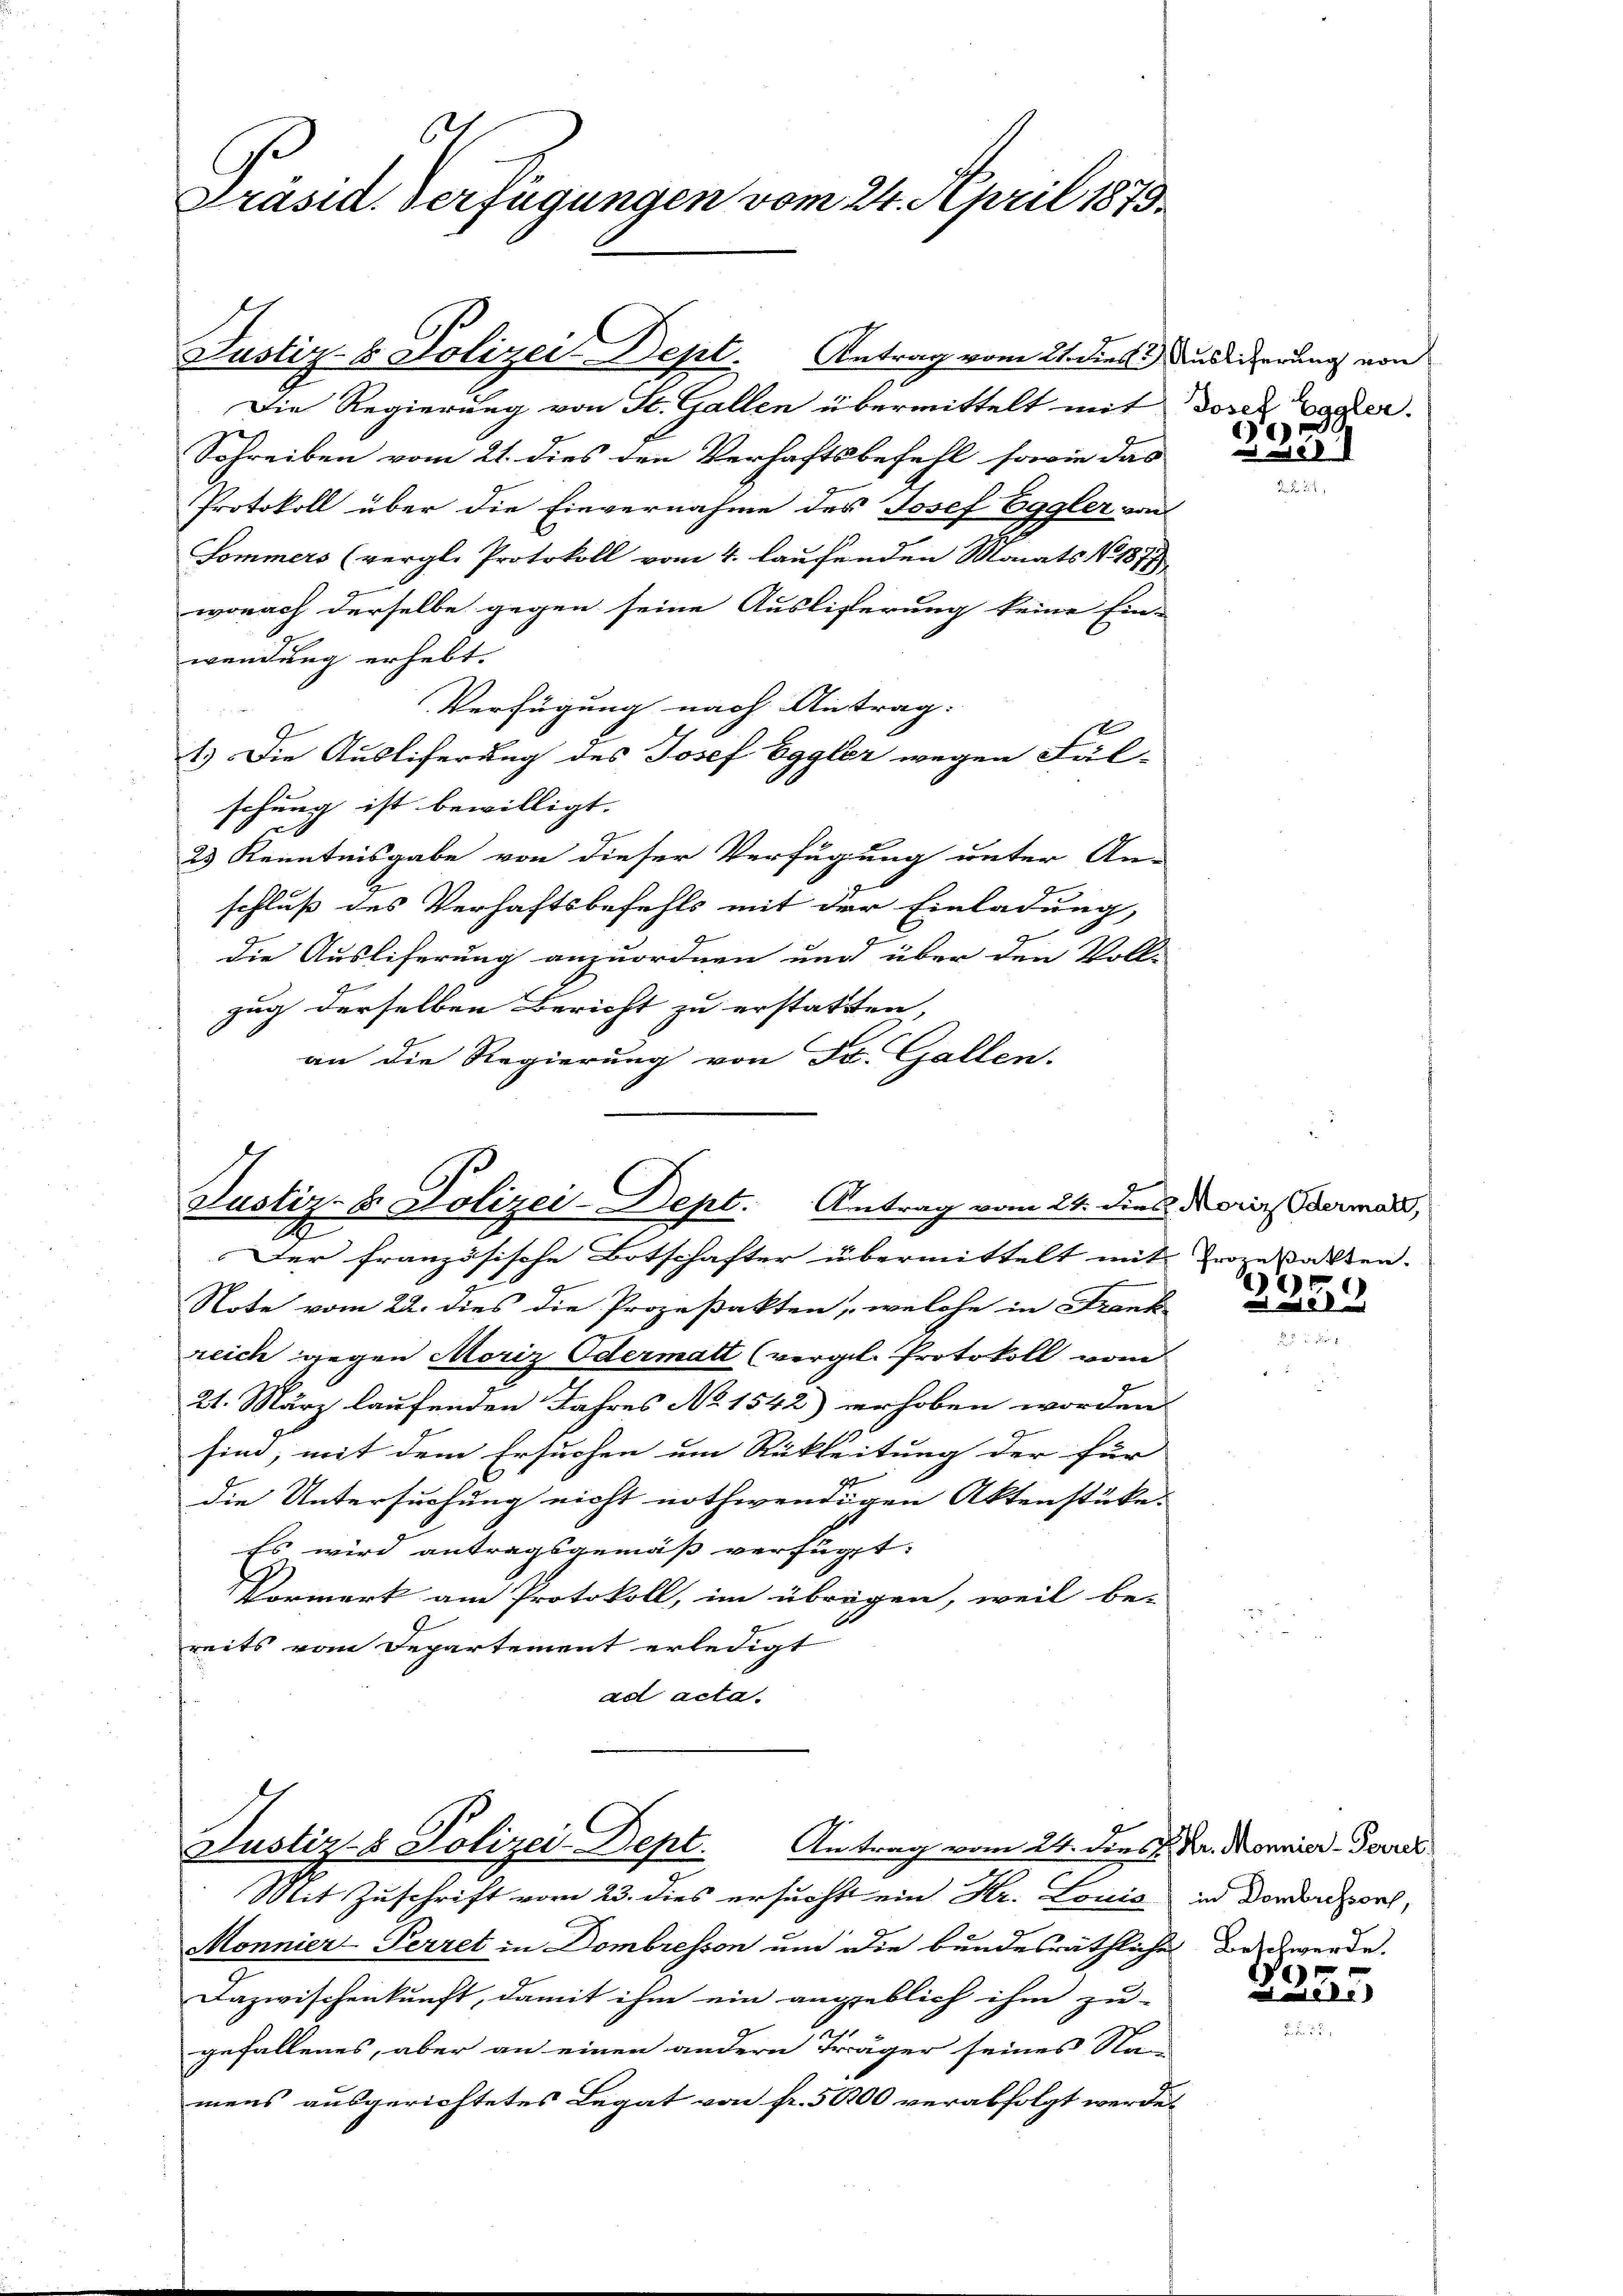
Präsid. Verfügungen vom 24. April 1873.

Justiz- & Polizei Dept. Antrag vom 21. Die Auslierung von
Die Regierung von St. Gallen übermittelt mit Doser Vater.
Schreiben vom 21. dies den Verhaftsbefehl sowie das
Protokoll über die Einvernahme des Josef Eggler von
Sommers (vergl. Protokoll vom 4. laufenden Monats No. 1877
wonach derselbe gegen seine Auslisterung keine Ein-
wendung erhebt.
Verfügung nach Antrag. |
t
1.) Die Ausliferung des Josef Eggler wegen Fäl-
schung ist bewilligt.
23 Kenntnisgabe von dieser Verfügung unter An-
schluß des Verhaftsbefehls mit der Einladung,
die Ausliferung anzuordnen und über den Voll-
zug derselben Bericht zu erstatten,
an die Regierung von St. Gallen.

Justiz- & Polizei-Dept. Antrag vom 24. dies Moriz dermals,

Justiz- & Polizei-Dept. Antrag vom 24. dies Dr. Monnier-Gerres

Der französische Botschafter übermittelt mit Prozestatten.
Note vom 22. dies die Prozeßakten, welche in Frank
reich gegen Moriz Odermatt (vergl. Protokoll vom
21. März laufenden Jahres No 1542) erhoben worden.
sind, mit dem Ersuchen um Rükleitung der für
die Untersuchung nicht nothwendigen Aktenstücke.
Es wird antragsgemäß verfügt:
Vormerk am Protokoll, im übrigen, weil be-
reits vom Departement erledigt
ad acta.

3
e

Mit Zuschrift vom 23. dies ersucht ein Kr. Louis in Vordenoch,
Monnier-Perret in Dombresson um die bundesräthliches Beschwerde.
Dazwischenkunft, damit ihm ein angeblich ihm zu-
gefallenes, aber an einen andern Träger seines Na-
mens ausgerichtetes Legat von fr. 5600 verabfolgt werde.

2

7

e
)
i